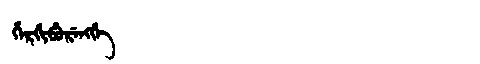
Manchu: ᡥᡝᡵᡤᡳᠪᡠᡵᡝᠩᡤᡝ
Romanization: HERGIBURENGGE